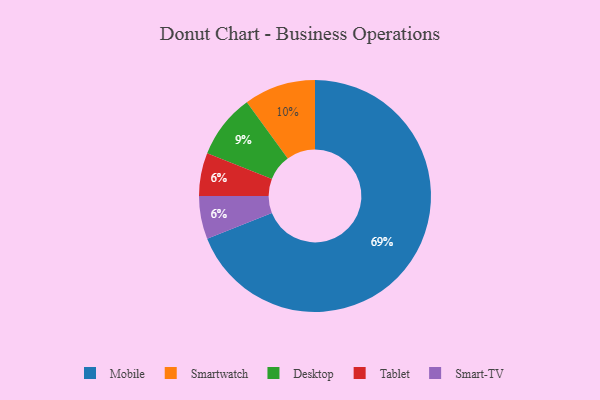
{"axis": {"x": "Category", "y": "Percentage"}, "legend": ["Desktop", "Mobile", "Smart-TV", "Smartwatch", "Tablet"], "data": [{"x": "Tablet", "y": 6, "type": "Tablet"}, {"x": "Mobile", "y": 69, "type": "Mobile"}, {"x": "Smartwatch", "y": 10, "type": "Smartwatch"}, {"x": "Smart-TV", "y": 6, "type": "Smart-TV"}, {"x": "Desktop", "y": 9, "type": "Desktop"}]}